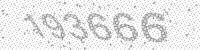
Solution: 193666